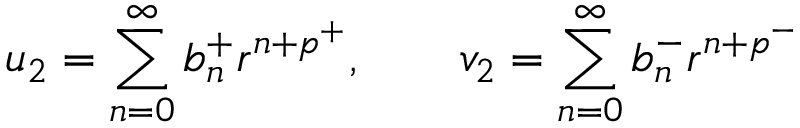
u _ { 2 } = \sum _ { n = 0 } ^ { \infty } b _ { n } ^ { + } r ^ { n + p ^ { + } } , \qquad v _ { 2 } = \sum _ { n = 0 } ^ { \infty } b _ { n } ^ { - } r ^ { n + p ^ { - } }